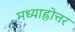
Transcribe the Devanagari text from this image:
मध्याह्नोत्तर